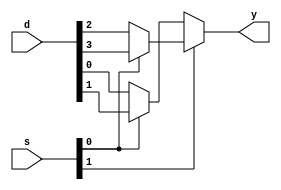
module mux4to1(d,s,y);
input [3:0]d;
input [1:0]s;
output y;
assign y=(s[1]?(s[0]?d[3]:d[2]):(s[0]?d[1]:d[0]));
endmodule

module testbench();
reg [1:0]s; 
reg [3:0]d;
wire y;
mux4to1 bb(d,s,y);
initial 
begin
s=2'b00; d=4'b0001;
#5 s=2'b01;d=4'b0010;
#5 s=2'b10;d=4'b0100;
#5 s=2'b11;d=4'b1000;
#50 $finish;
end
endmodule